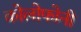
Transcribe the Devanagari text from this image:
कोलोफोनी